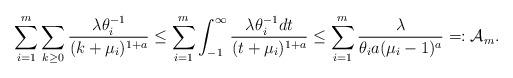
LaTeX: \begin{align*}\sum_{i=1}^m\sum_{k\ge0}\frac{\lambda\theta_i^{-1}}{(k+\mu_i)^{1+a}}\le\sum_{i=1}^m\int_{-1}^\infty\frac{\lambda\theta_i^{-1}dt}{(t+\mu_i)^{1+a}}\le\sum_{i=1}^m\frac{\lambda}{\theta_i a(\mu_i-1)^a}=:\mathcal{A}_m.\end{align*}